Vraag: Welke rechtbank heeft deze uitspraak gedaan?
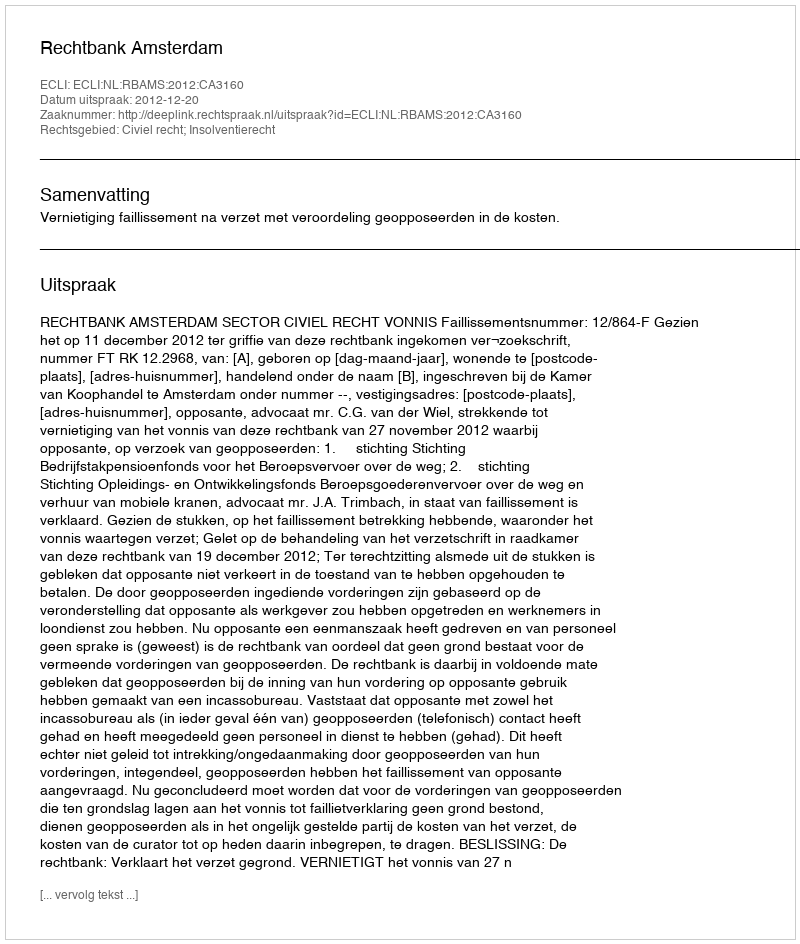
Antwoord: Rechtbank Amsterdam